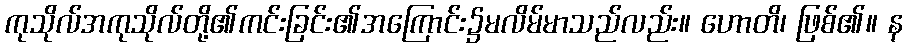
ကုသိုလ်အကုသိုလ်တို့၏ကင်းခြင်း၏အကြောင်း၌မလိမ်မာသည်လည်း။ ဟောတိ၊ ဖြစ်၏။ န